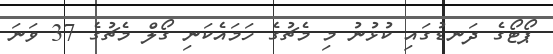
ޕޯޓޯގެ ދަނޑުގައި ކުޅުނު މި މެޗުގެ ހަމައެކަނި ގޯލް މެޗުގެ 37 ވަނަ